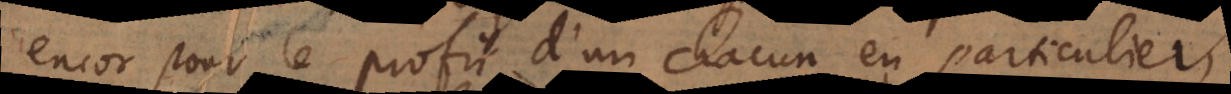
encor pour le profit d’un chacun en particulier,